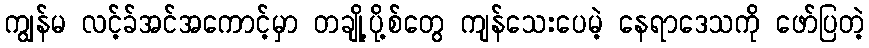
ကျွန်မ လင့်ခ်အင်အကောင့်မှာ တချို့ပို့စ်တွေ ကျန်သေးပေမဲ့ နေရာဒေသကို ဖော်ပြတဲ့